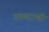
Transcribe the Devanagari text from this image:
एकदाणी